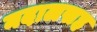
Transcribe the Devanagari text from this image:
नदालसह